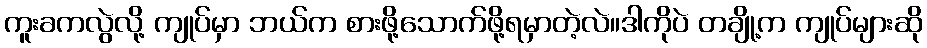
ကူးခကလွဲလို့ ကျုပ်မှာ ဘယ်က စားဖို့သောက်ဖို့ရမှာတဲ့လဲ။ဒါကိုပဲ တချို့က ကျုပ်များဆို